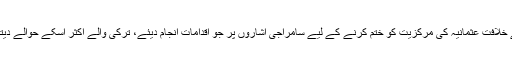
عبدالعزیز نے خلافت عثمانیہ کی مرکزیت کو ختم کرنے کے لیے سامراجی اشاروں پر جو اقدامات انجام دیئے، ترکی والے اکثر اسکے حوالے دیتے رہتے ہیں۔